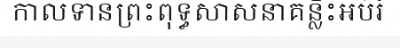
កាលទានព្រះពុទ្ធសាសនាគន្លឹះអប់រំ